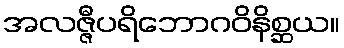
အလဇ္ဇီပရိဘောဂဝိနိစ္ဆယ။